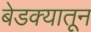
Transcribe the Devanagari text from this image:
बेडक्यातून